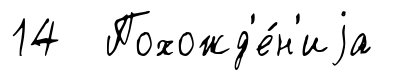
14 Похожд'е́н'иjа